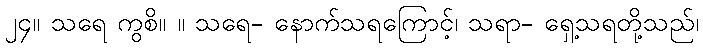
၂၄။ သရေ ကွစိ။ ။ သရေ- နောက်သရကြောင့်၊ သရာ- ရှေ့သရတို့သည်၊